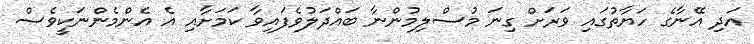
އަދި އޭނާގެ ހަޔާތުގައި ވަރަށް ގިނަ މުސްލިމުންނާ ބައްދަލުވެފައިވާ ކަމަށާއި އެ އެންމެންނަކީވެސް